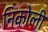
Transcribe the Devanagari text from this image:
निकोली